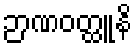
ဉာဏဝတ္ထူနိ